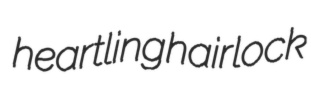
heartling hairlock